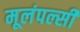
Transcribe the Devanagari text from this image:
मूलंपल्सी